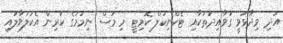
އަދި ވިދާޅުވީ ގަވާއިދުތަކާއި ޓެކްނިކަލް ކޮމިޓީ މި މަސް ނިމުމުގެ ކުރިން އެކުލަވާލައި